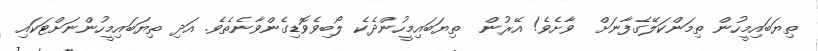
ތިޔަބައިމީހުން ތިމަންކަލޭގެފާނަށް  ވާށެވެ! އޭރުން  ތިޔަބައިމީހުންދެކެ ލޯބިވެވޮޑިގެންވާނެތެވެ. އަދި ތިޔަބައިމީހުންނަށްޓަކައި